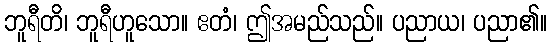
ဘူရီတိ၊ ဘူရီဟူသော။ ဧတံ၊ ဤအမည်သည်။ ပညာယ၊ ပညာ၏။